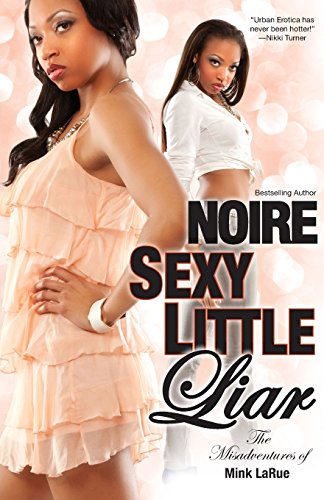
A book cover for Sexy Little Liar; Noire; Romance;